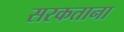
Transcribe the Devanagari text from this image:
सरकताना